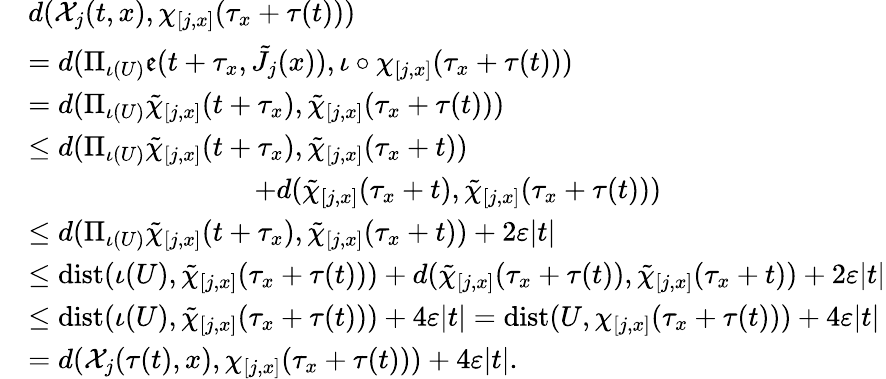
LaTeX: \begin{array}{rl}&{d(\mathcal{X}_{j}(t,x),\chi_{[j,x]}(\tau_{x}+\tau(t)))}\\ &{=d(\Pi_{\iota(U)}\mathfrak{e}(t+\tau_{x},\tilde{J}_{j}(x)),\iota\circ\chi_{[j,x]}(\tau_{x}+\tau(t)))}\\ &{=d(\Pi_{\iota(U)}\tilde{\chi}_{[j,x]}(t+\tau_{x}),\tilde{\chi}_{[j,x]}(\tau_{x}+\tau(t)))}\\ &{\leq d(\Pi_{\iota(U)}\tilde{\chi}_{[j,x]}(t+\tau_{x}),\tilde{\chi}_{[j,x]}(\tau_{x}+t))}\\ &{\qquad\qquad\qquad\qquad+d(\tilde{\chi}_{[j,x]}(\tau_{x}+t),\tilde{\chi}_{[j,x]}(\tau_{x}+\tau(t)))}\\ &{\leq d(\Pi_{\iota(U)}\tilde{\chi}_{[j,x]}(t+\tau_{x}),\tilde{\chi}_{[j,x]}(\tau_{x}+t))+2\varepsilon\lvert t\rvert}\\ &{\leq\mathrm{dist}(\iota(U),\tilde{\chi}_{[j,x]}(\tau_{x}+\tau(t)))+d(\tilde{\chi}_{[j,x]}(\tau_{x}+\tau(t)),\tilde{\chi}_{[j,x]}(\tau_{x}+t))+2\varepsilon\lvert t\rvert}\\ &{\leq\mathrm{dist}(\iota(U),\tilde{\chi}_{[j,x]}(\tau_{x}+\tau(t)))+4\varepsilon\lvert t\rvert=\mathrm{dist}(U,\chi_{[j,x]}(\tau_{x}+\tau(t)))+4\varepsilon\lvert t\rvert}\\ &{=d(\mathcal{X}_{j}(\tau(t),x),\chi_{[j,x]}(\tau_{x}+\tau(t)))+4\varepsilon\lvert t\rvert.}\end{array}